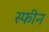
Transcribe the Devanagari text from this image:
स्फीन